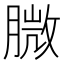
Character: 𦞺